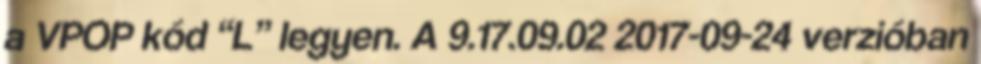
a VPOP kód “L” legyen. A 9.17.09.02 2017-09-24 verzióban